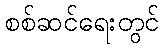
စစ်ဆင်ရေးတွင်